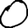
Digit: 0